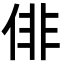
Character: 俳